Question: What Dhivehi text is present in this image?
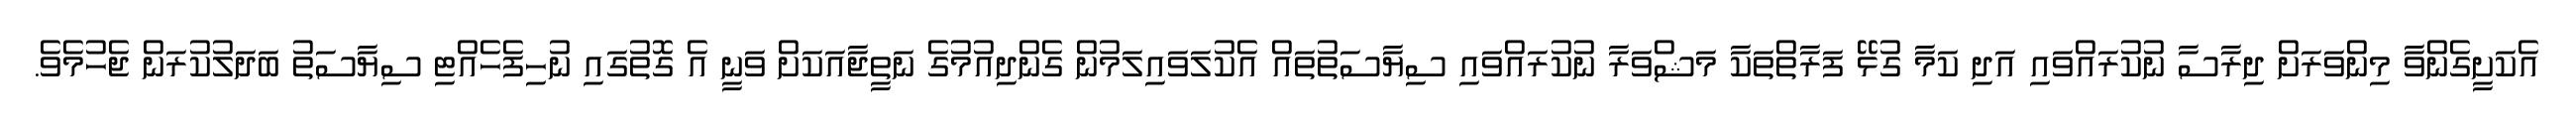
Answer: އެކަށީގެންވާ މިންވަރަށް ދިރާސާ ނުކުރައްވައި އަދި ކަމާ ގުޅޭ ފަރާތްތަކާ މަޝްވަރާ ނުކުރައްވައި ސިޔާސަތުތައް އެކުލަވައިލަމުން ގެންދިއުމުގެ ނަތީޖާއަކަށް ވަނީ އެ ގޮތުގައި ނުހިފެހެއްޓި ސިޔާސަތު ބަދަލުކުރަން ޖެހުމެވެ.